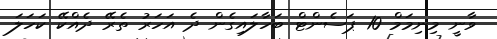
ވާނީ މިނިމަމް 10 ޕަސެންޓް ބަހާލައިގެން ދެ އަހަރު ތެރޭ ދެއްކޭ ކަހަލަ